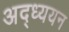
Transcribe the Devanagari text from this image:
अद्ध्ययन